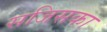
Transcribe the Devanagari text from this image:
सजिसका